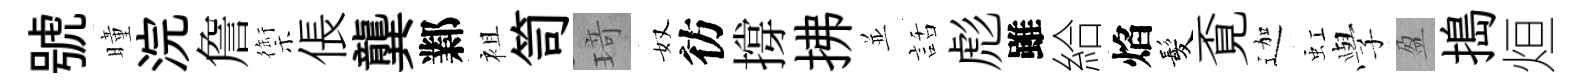
號曈浣詹禦倀龔鄴袓笥𤦺奴彷撐拂並話彪雖給焰髪覔迦虹𫝯盈搗烜